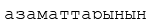
азаматтарынын